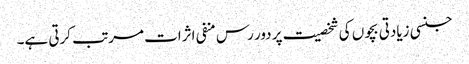
جنسی زیادتی بچوں کی شخصیت پر دور رس منفی اثرات مرتب کرتی ہے۔